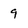
Character: 9